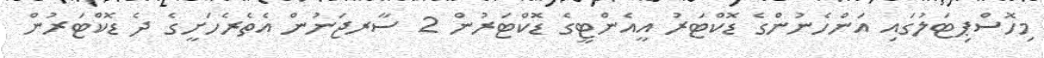
މިހޮސްޕިޓަލުގައި އަންހެނުންގެ ޑޮކްޓަރު އީއެންޓީގެ ޑޮކްޓަރުން 2 ސާރޖަނުން އެތެރެހަށީގެ ދެ ޑޮކްޓަރުން